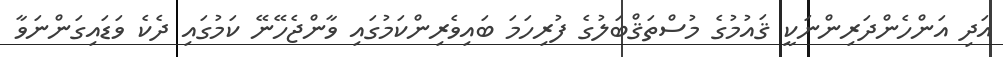
އަދި އަންހެންދަރިންނަކީ ޤައުމުގެ މުސްތަޤްބަލުގެ ފުރިހަމަ ބައިވެރިންކަމުގައި ވާންޖެހޭނޭ ކަމުގައި ދެކެ ވަޑައިގަންނަވާ